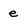
Character: e